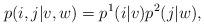
LaTeX: \begin{align*}p(i,j|v,w)=p^1(i|v)p^2(j|w),\end{align*}